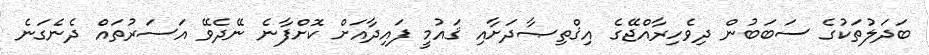
ބަދަލުތަކުގެ ސަބަބުން ދިވެހިރާއްޖޭގެ އިޤްތިޞާދަށާއި ޤައުމީ ފައިދާއަށް ކޮށްފާނެ ނޭދެވޭ އަސަރުތައް ދެނެގަނެ